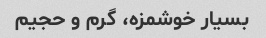
بسیار خوشمزه، گرم و حجیم